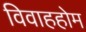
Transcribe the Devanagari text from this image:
विवाहहोम